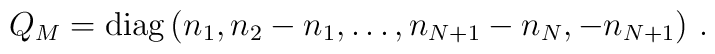
Q_M = {\rm diag}\,(n_1, n_2-n_1, \dots, n_{N+1}-n_N, - n_{N+1})   \,  \,.